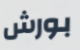
بورش